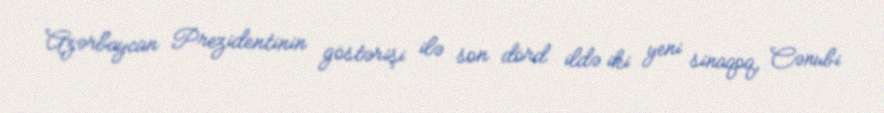
Azərbaycan Prezidentinin göstərişi ilə son dörd ildə iki yeni sinaqoq, Cənubi